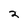
Character: 2